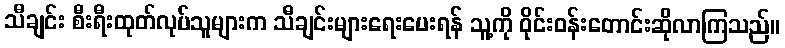
သီချင်း စီးရီးထုတ်လုပ်သူများက သီချင်းများရေးပေးရန် သူ့ကို ဝိုင်းဝန်းတောင်းဆိုလာကြသည်။